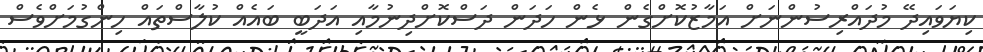
ކިޔަވައިދޭ މުދައްރިސުންނަށް އަމާޒުކޮށްގެން ޅެން ހަދަން ދަސްކޮށްދިނުމާއި އަދަބީ ބައެއް ކުލާސްތައް ހިންގުމަށްވެސް